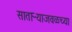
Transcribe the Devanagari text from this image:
साताऱ्याजवळच्या